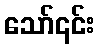
သော်၎င်း